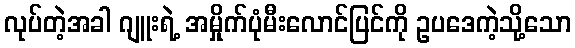
လုပ်တဲ့အခါ ဂျူးရဲ့ အမှိုက်ပုံမီးလောင်ပြင်ကို ဥပဒေကဲ့သို့သော